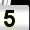
Digit: 5